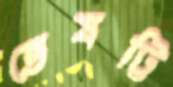
তেষট্টি